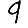
Digit: 9